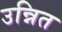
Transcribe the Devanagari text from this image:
उन्नित